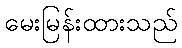
မေးမြန်းထားသည်